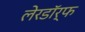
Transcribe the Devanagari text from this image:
लेरडॉर्फ